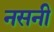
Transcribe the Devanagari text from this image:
नसनी